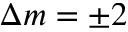
\Delta m = \pm 2